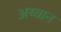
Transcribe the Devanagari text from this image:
अय्वान